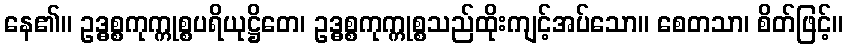
နေ၏။ ဥဒ္ဓစ္စကုက္ကုစ္စပရိယုဋ္ဌိတေ၊ ဥဒ္ဓစ္စကုက္ကုစ္စသည်ထိုးကျင့်အပ်သော။ စေတသာ၊ စိတ်ဖြင့်။